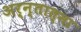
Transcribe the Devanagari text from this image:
अर्न्तात्मा